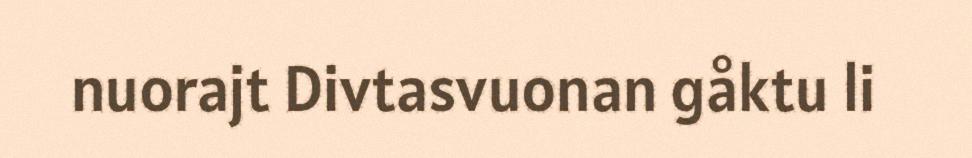
nuorajt Divtasvuonan gåktu li